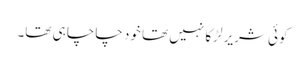
کوئی شریر لڑکا نہیں تھا خود چاچا ہی تھا۔